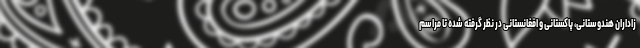
زاداران هندوستانی، پاکستانی و افغانستانی‌ در نظر گرفته شده تا مراسم